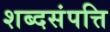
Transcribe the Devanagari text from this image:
शब्दसंपत्ति